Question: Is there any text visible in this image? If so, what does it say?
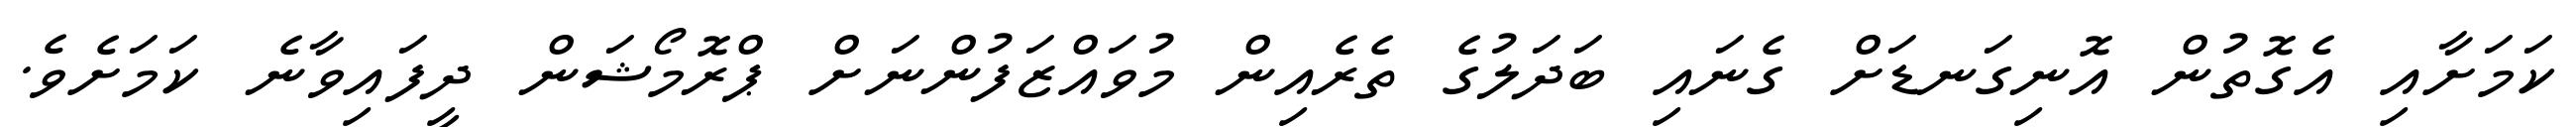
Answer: ކަމަށާއި އެގޮތުން އޮނިގަނޑަށް ގެނައި ބަދަލުގެ ތެރެއިން މުވައްޒަފުންނަށް ޕްރޮމޯޝަން ދީފައިވާނެ ކަމަށެވެ.